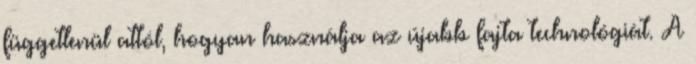
függetlenül attól, hogyan használja az újabb fajta technológiát. A